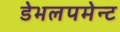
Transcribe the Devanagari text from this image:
डेभलपमेन्ट